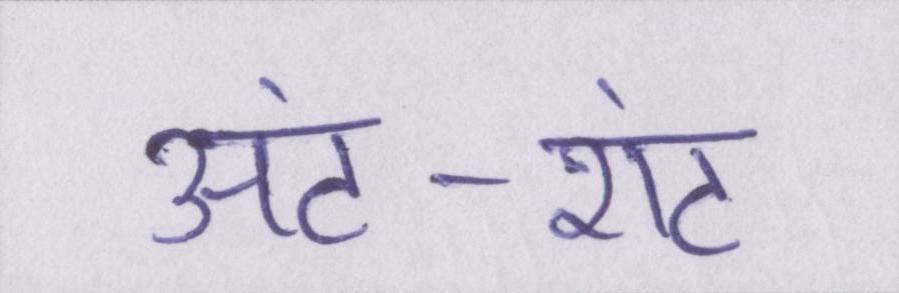
अंट-शंट